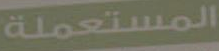
المستعملة